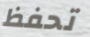
تحفظ